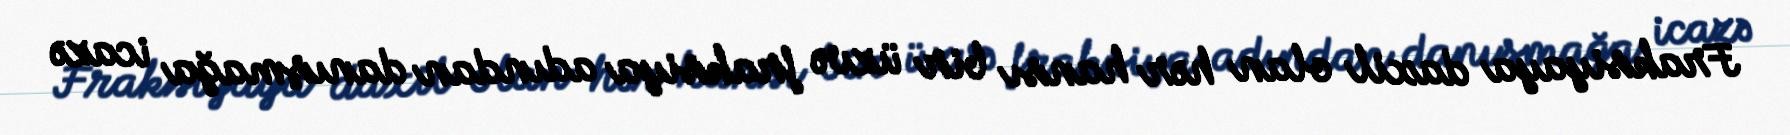
Fraksiyaya daxil olan hər hansı bir üzvə fraksiya adından danışmağa icazə